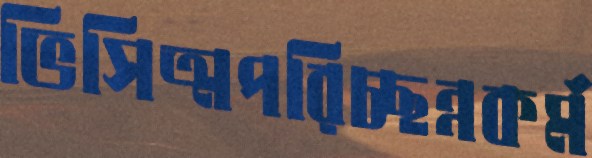
ভিসিত্মপরিচ্ছন্নকর্ম